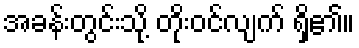
အခန်းတွင်းသို့ တိုးဝင်လျက် ရှိ၏။